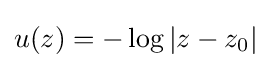
u(z)=-\log |z-z_{0}|